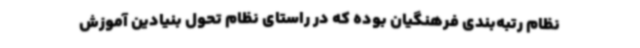
نظام رتبه‌بندی فرهنگیان بوده که در راستای نظام تحول بنیادین آموزش